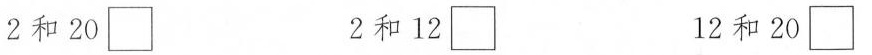
2和20\Box 2和12\Box 12和20\Box